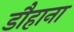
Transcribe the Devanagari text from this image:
डौहाना